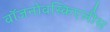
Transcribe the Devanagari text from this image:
वॉजनोवस्किएलीस